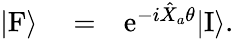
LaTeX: \begin{array}{rlr}{|\mathrm{F}\rangle}&{{}=}&{\mathrm{e}^{-i\hat{X}_{a}\theta}|\mathrm{I}\rangle.}\end{array}